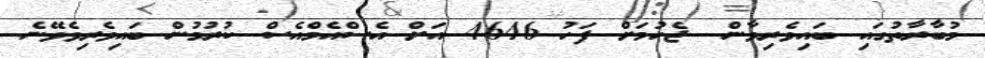
މުބާރާތުގައި ބައިވެރިވާން  ޖެހުމަށް ފަހު 4646 އަށް އެސްއެމްއެސް ކުރުމުން ބައިވެރިވެވޭނެ